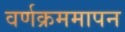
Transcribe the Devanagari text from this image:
वर्णक्रममापन